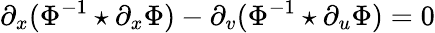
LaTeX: \partial_{x}(\Phi^{-1}\star\partial_{x}\Phi)-\partial_{v}(\Phi^{-1}\star\partial_{u}\Phi)=0